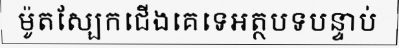
ម៉ូតស្បែកជើងគេទេអត្ថបទបន្ទាប់